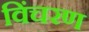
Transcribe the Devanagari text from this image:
विंचरण